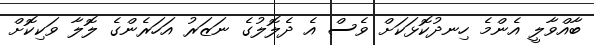
ބާއްވާލީ އެންމެ ހިނދުކޮޅަކަށް ވެސް އެ ދެލޮލުގެ ނަޒަރު އަހަރެންގެ ލޮލާ ވަކިކޮށް